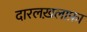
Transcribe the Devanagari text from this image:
दारलख़लाफ़ा